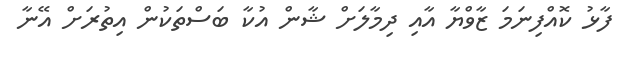
ފާޅު ކޮއްފިނަމަ ޒާވްޔާ އާއި ދިމާލަށް ޝާން އުކާ ބަސްތަކުން އިތުރަށް އޭނާ